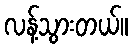
လန့်သွားတယ်။